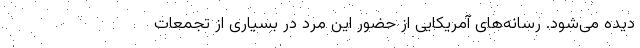
دیده می‌شود. رسانه‌های آمریکایی از حضور این مرد در بسیاری از تجمعات